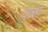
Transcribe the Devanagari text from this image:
वळा